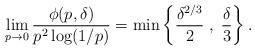
LaTeX: \begin{align*} \lim_{p \to 0} \frac{\phi(p,\delta)}{p^2 \log(1/p)} = \min\bigg\{\frac{\delta^{2/3}}{2} \;,\; \frac{\delta}{3}\bigg\}\,.\end{align*}